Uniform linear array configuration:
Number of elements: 4
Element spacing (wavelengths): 0.75
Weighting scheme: hamming
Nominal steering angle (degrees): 15
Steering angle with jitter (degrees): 14.628
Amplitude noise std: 0.05
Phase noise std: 0.05

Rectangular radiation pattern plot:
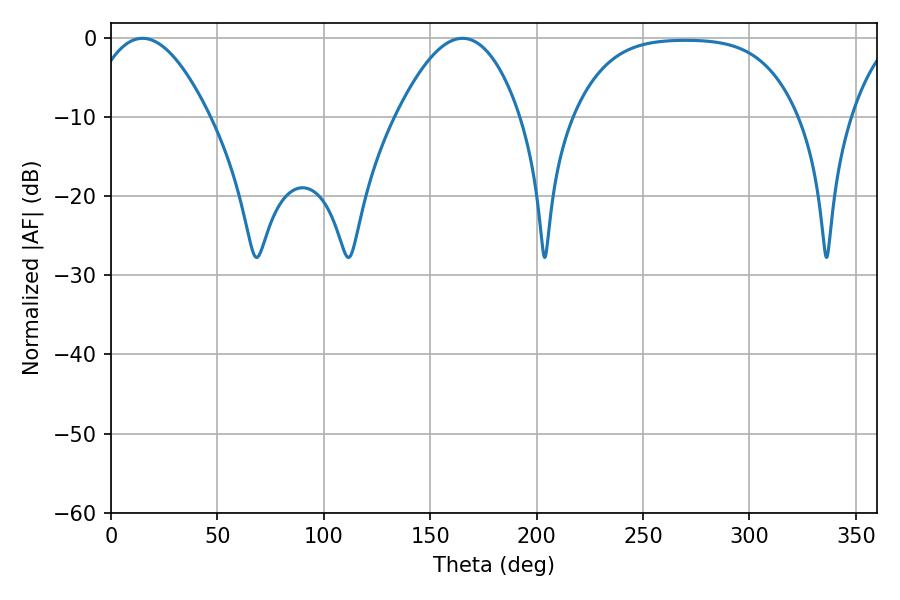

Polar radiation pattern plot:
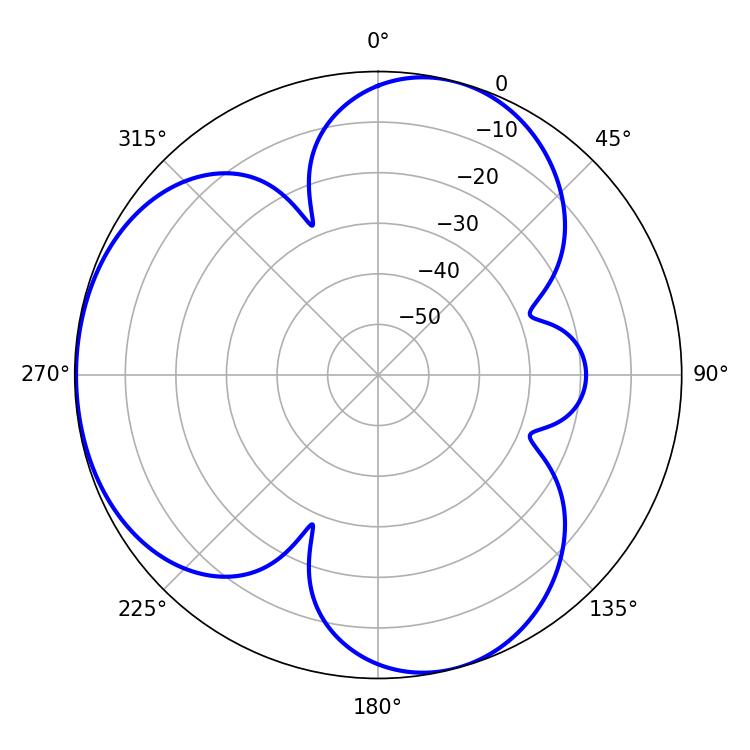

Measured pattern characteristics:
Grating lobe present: TRUE
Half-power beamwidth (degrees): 31.5
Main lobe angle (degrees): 14.76